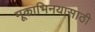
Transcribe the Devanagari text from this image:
मूकाभिनयासाठी